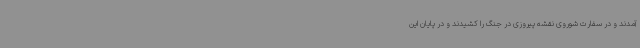
آمدند و در سفارت شوروی نقشه پیروزی در جنگ را کشیدند و در پایان این